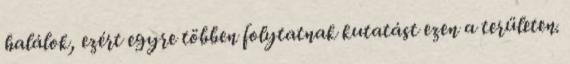
halálok, ezért egyre többen folytatnak kutatást ezen a területen.